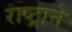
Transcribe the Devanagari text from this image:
राष्ट्रानेे